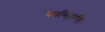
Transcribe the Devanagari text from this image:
कान्तिमति